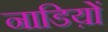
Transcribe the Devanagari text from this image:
नाडिय़ों